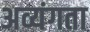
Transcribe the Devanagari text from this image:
अव्यंगता